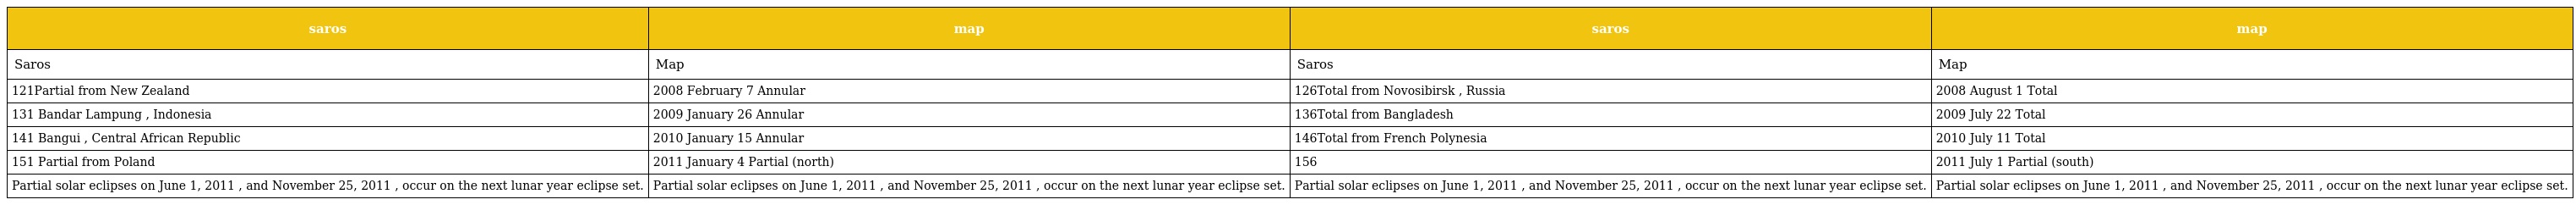
| saros | map | saros | map |
 | --- | --- | --- | --- |
 | Saros | Map | Saros | Map |
 | 121Partial from New Zealand | 2008 February 7 Annular | 126Total from Novosibirsk , Russia | 2008 August 1 Total |
 | 131 Bandar Lampung , Indonesia | 2009 January 26 Annular | 136Total from Bangladesh | 2009 July 22 Total |
 | 141 Bangui , Central African Republic | 2010 January 15 Annular | 146Total from French Polynesia | 2010 July 11 Total |
 | 151 Partial from Poland | 2011 January 4 Partial (north) | 156 | 2011 July 1 Partial (south) |
 | Partial solar eclipses on June 1, 2011 , and November 25, 2011 , occur on the next lunar year eclipse set. | Partial solar eclipses on June 1, 2011 , and November 25, 2011 , occur on the next lunar year eclipse set. | Partial solar eclipses on June 1, 2011 , and November 25, 2011 , occur on the next lunar year eclipse set. | Partial solar eclipses on June 1, 2011 , and November 25, 2011 , occur on the next lunar year eclipse set. |